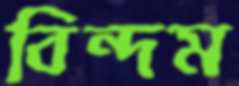
বিন্দম